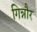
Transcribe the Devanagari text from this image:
गिन्नौर